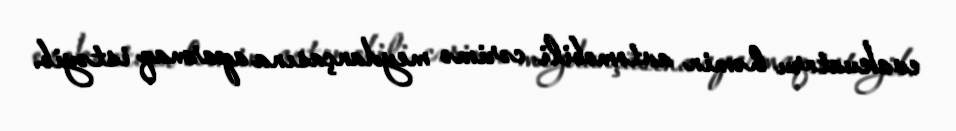
evakuatoru həmin avtomobili cərimə meydançasına aparmaq istəyib.